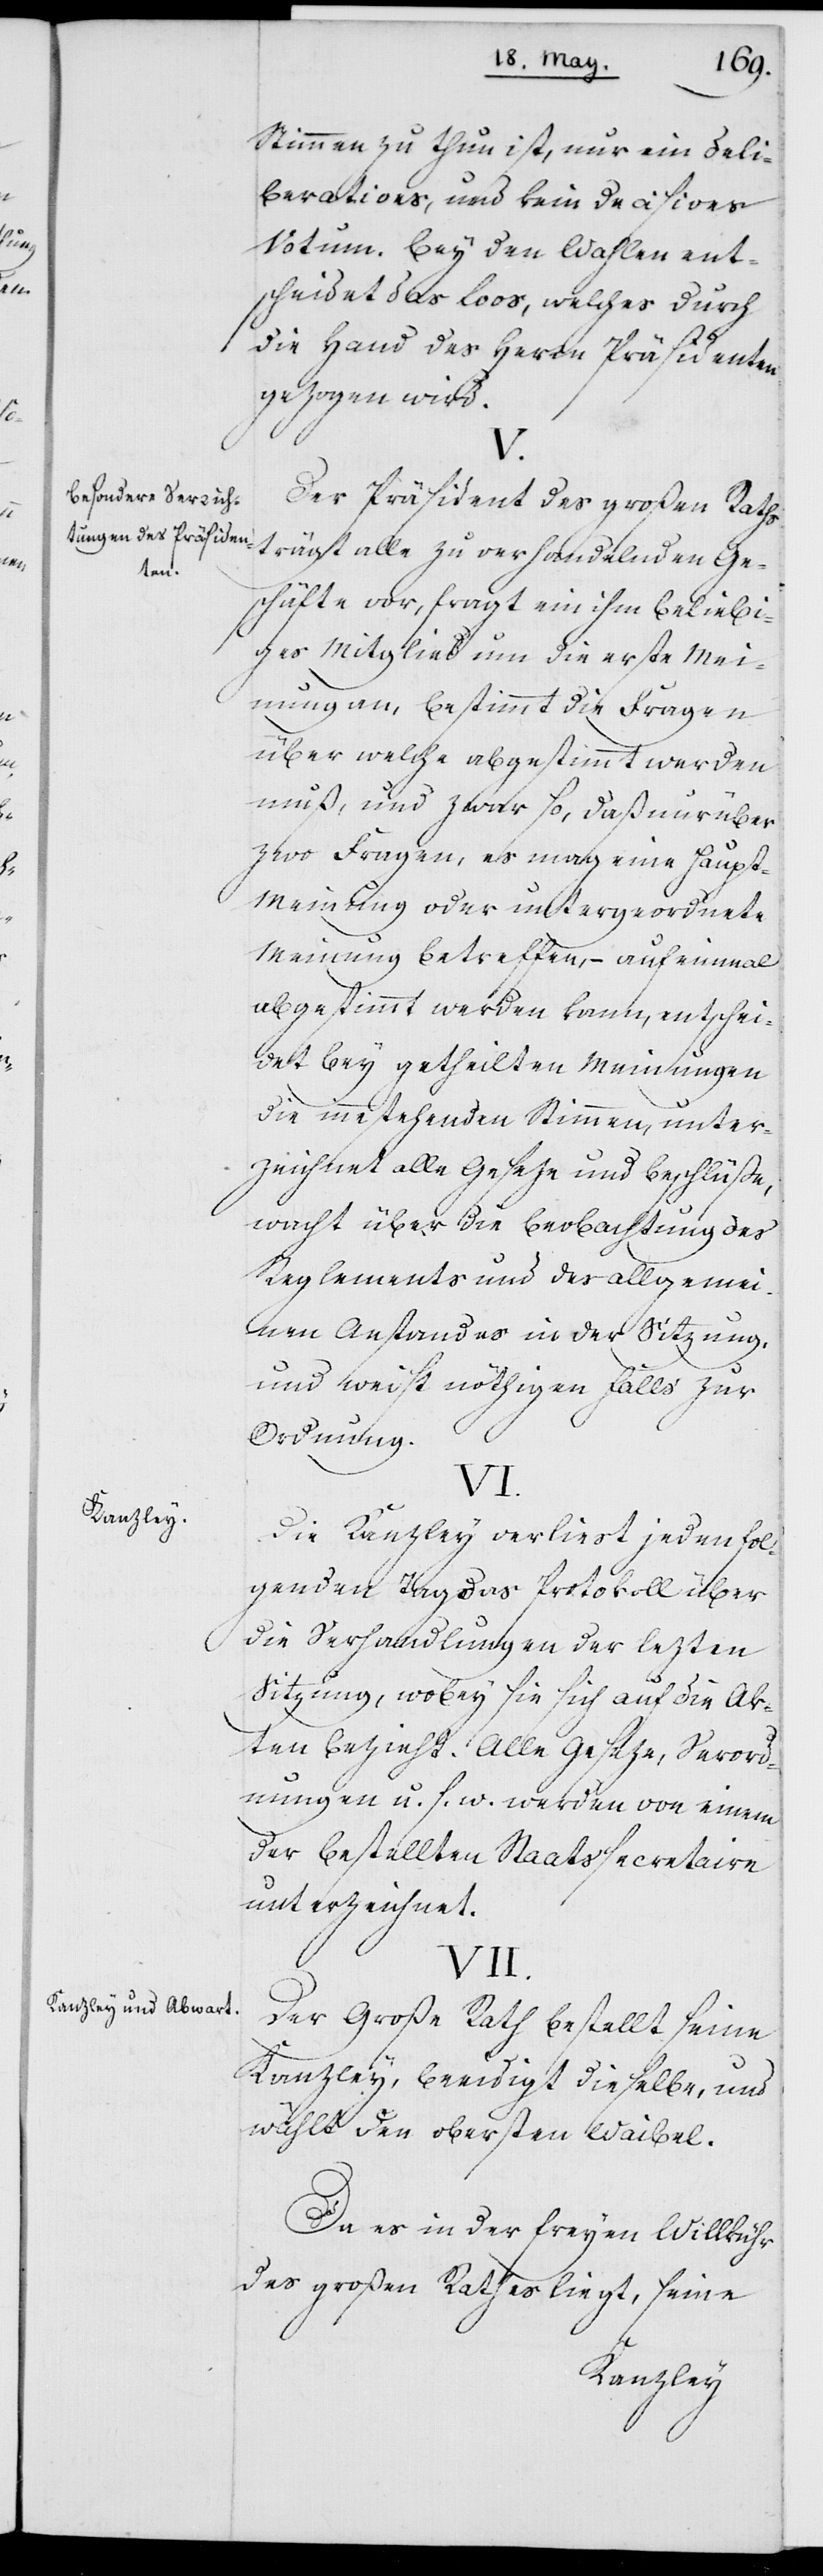
Besondere Verrich¬
tungen des Präsiden¬
ten.
Kanzley.
Kanzley und Abwart.

Stimmen zu thun ist, nur ein Deli¬
berations, und kein Decisions
Votum. Bey den Wahlen ent¬
scheidet das Loos, welches durch
die Hand des Herrn Präsidenten
gezogen wird.
V.
Der Präsident des großen Raths
trägt alle zu verhandelnden Ge¬
schäfte vor, fragt ein ihm beliebi¬
ges Mitglied um die erste Mei¬
nung an, bestimmt die Fragen
über welche abgestimmt werden
muß, und zwar so, daß nur über
zwo Fragen, es mag eine Haupt-M¬
einung oder untergeordnete
Meinung betreffen, – auf einmal
abgestimmt werden kann, entschei¬
det bey getheilten Meinungen
die innestehenden Stimmen, unter¬
zeichnet alle Geseze und Beschlüße,
wacht über die Beobachtung des
Reglements und des allgemei¬
nen Anstandes in der Sitzung,
und weist nöthigen Falls zur
Ordnung.
VI.
Die Kanzley verliest jeden fol¬
genden Tag das Protokoll über
die Verhandlungen der lezten
Sitzung, wobey sie sich auf die Ak¬
ten bezieht. Alle Geseze, Verord¬
nungen u. s. w. werden von einem
der bestellten Staatssecretaire
unterzeichnet.
VII.
Der Große Rath bestellt seine
Kanzley, beeidigt dieselbe, und
wählt den obersten Waibel.
Da es in der freyen Willkühr
des großen Raths liegt, seine